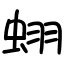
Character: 蛡